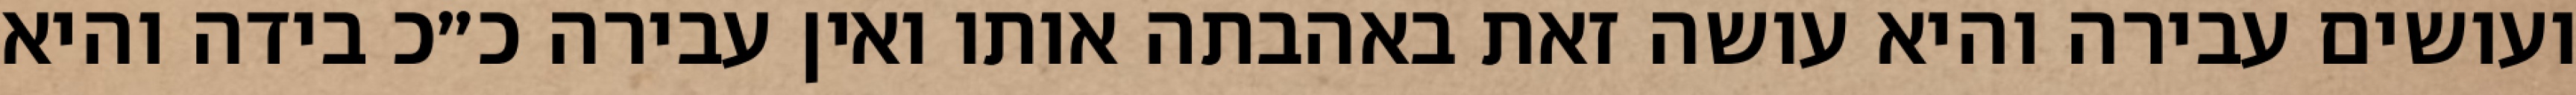
ועושים עבירה והיא עושה זאת באהבתה אותו ואין עבירה כ״כ בידה והיא